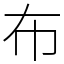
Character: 布